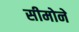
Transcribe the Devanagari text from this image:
सीमोने